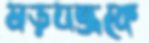
ষড়যন্ত্রকে